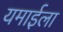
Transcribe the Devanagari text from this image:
यमाईला